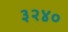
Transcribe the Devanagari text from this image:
३२४०